Report on sanitation, dispensaries, and jails in Rajputana for 1920, and on vaccination for the year 1920-1921 - 1920-1921
Year: 1920
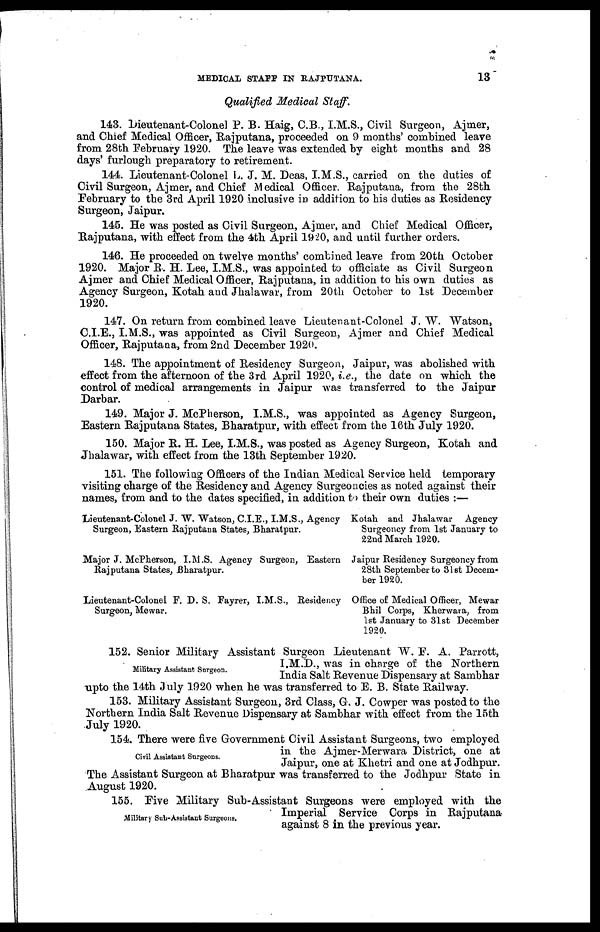
MEDICAL STAFF IN RAJPUTANA.
13
Qualified Medical Staff.
143. Dieutenant-Colonel P. B. Haig, C.B., I.M.S., Civil Surgeon, Ajmer,
and Chief Medical Officer, Rajputana, proceeded on 9 months' combined leave
from 28th February 1920. The leave was extended by eight months and 28
days' furlough preparatory to retirement.
144. Lieutenant-Colonel L. J. M. Deas, I.M.S., carried on the duties of
Civil Surgeon, Ajmer, and Chief Medical Officer. Rajputana, from the 28th
February to the 3rd April 1920 inclusive in addition to his duties as Residency
Surgeon, Jaipur.
145. He was posted as Civil Surgeon, Ajmer, and Chief Medical Officer,
Rajputana, with effect from the 4th April 1920, and until further orders.
146. He proceeded on twelve months' combined leave from 20th October
1920. Major R. H. Lee, I.M.S., was appointed to officiate as Civil Surgeon
Ajmer and Chief Medical Officer, Rajputana, in addition to his own duties as
Agency Surgeon, Kotah and Jhalawar, from 20th October to 1st December
1920.
147. On return from combined leave Lieutenant-Colonel J. W. Watson,
C.I.E., I.M.S., was appointed as Civil Surgeon, Ajmer and Chief Medical
Officer, Rajputana, from 2nd December 1920.
148. The appointment of Residency Surgeon, Jaipur, was abolished with
effect from the afternoon of the 3rd April 1920, i.e., the date on which the
control of medical arrangements in Jaipur was transferred to the Jaipur
Darbar.
149. Major J. McPherson, I.M.S., was appointed as Agency Surgeon,
Eastern Rajputana States, Bharatpur, with effect from the 16th July 1920.
150. Major R. H. Lee, I.M.S., was posted as Agency Surgeon, Kotah and
Jhalawar, with effect from the 13th September 1920.
151. The following Officers of the Indian Medical Service held temporary
visiting charge of the Residency and Agency Surgeoncies as noted against their
names, from and to the dates specified, in addition to their own duties :—
Surgeon, Eastern Rajputana States, Bharatpur.
Lieutenant-Colonel J. W. Watson, C.I.E., I.M.S., Agency Kotah and Jhalawar Agency
Surgeoncy from 1st January to
22nd March 1920.
Rajputana States, Bharatpur.
Major J. McPherson, I.M.S. Agency Surgeon, Eastern Jaipur Residency Surgeoncy from
28th September to 31 st Decem-
ber 1920.
Surgeon, Mewar.
Lieutenant-Colonel F. D. S. Fayrer, I.M.S., Residency Office of Medical Officer, Mewar
Bhil Corps, Kherwara, from
1st January to 31st December
1920.
Military Assistant Surgeon.
152. Senior Military Assistant Surgeon Lieutenant W. F. A. Parrott,
I.M.D., was in charge of the Northern
India Salt Revenue Dispensary at Sambhar
upto the 14th July 1920 when he was transferred to E. B. State Railway.
153. Military Assistant Surgeon, 3rd Class, G. J. Cowper was posted to the
Northern India Salt Revenue Dispensary at Sambhar with effect from the 15th
July 1920.
Civil Assistant Surgeons.
154. There were five Government Civil Assistant Surgeons, two employed
in the Ajmer-Merwara District, one at
Jaipur, one at Khetri and one at Jodhpur.
The Assistant Surgeon at Bharatpur was transferred to the Jodhpur State in
August 1920.
Military Sub-Assistant Surgeons.
155. Five Military Sub-Assistant Surgeons were employed with the
Imperial Service Corps in Rajputana
against 8 in the previous year.